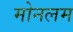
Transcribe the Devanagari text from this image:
मोनलम